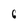
Character: 6